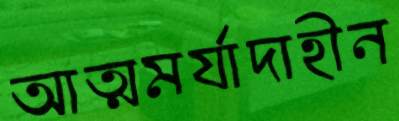
আত্মমর্যাদাহীন